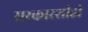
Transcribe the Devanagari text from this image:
सरकारशीही